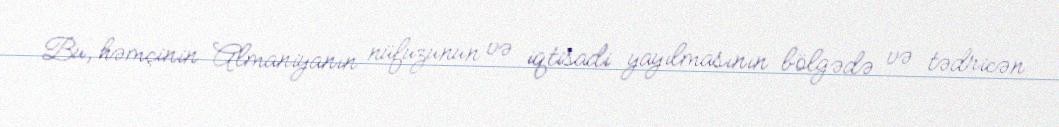
Bu, həmçinin Almaniyanın nüfuzunun və iqtisadi yayılmasının bölgədə və tədricən